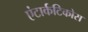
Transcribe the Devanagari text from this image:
एंटार्कटिकोस